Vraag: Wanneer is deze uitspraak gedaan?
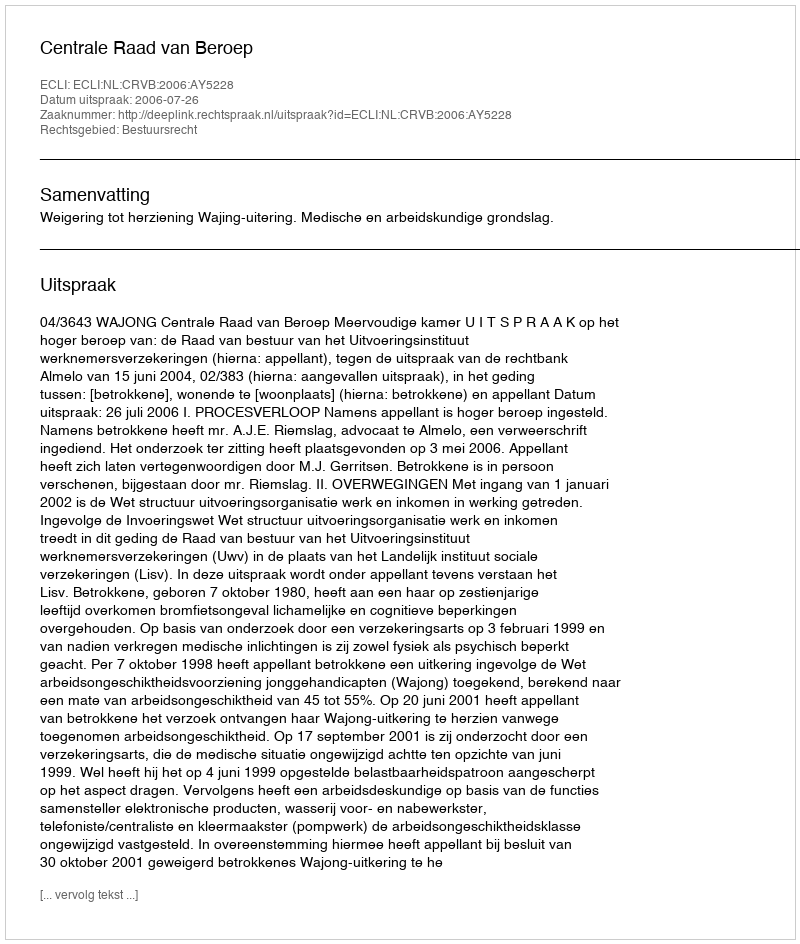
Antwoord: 2006-07-26